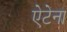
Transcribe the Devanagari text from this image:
ऐटेना